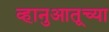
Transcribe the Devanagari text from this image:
व्हानुआतूच्या